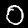
Label: 0